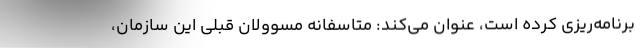
برنامه‌ریزی کرده است، عنوان می‌کند: متاسفانه مسوولان قبلی این سازمان،